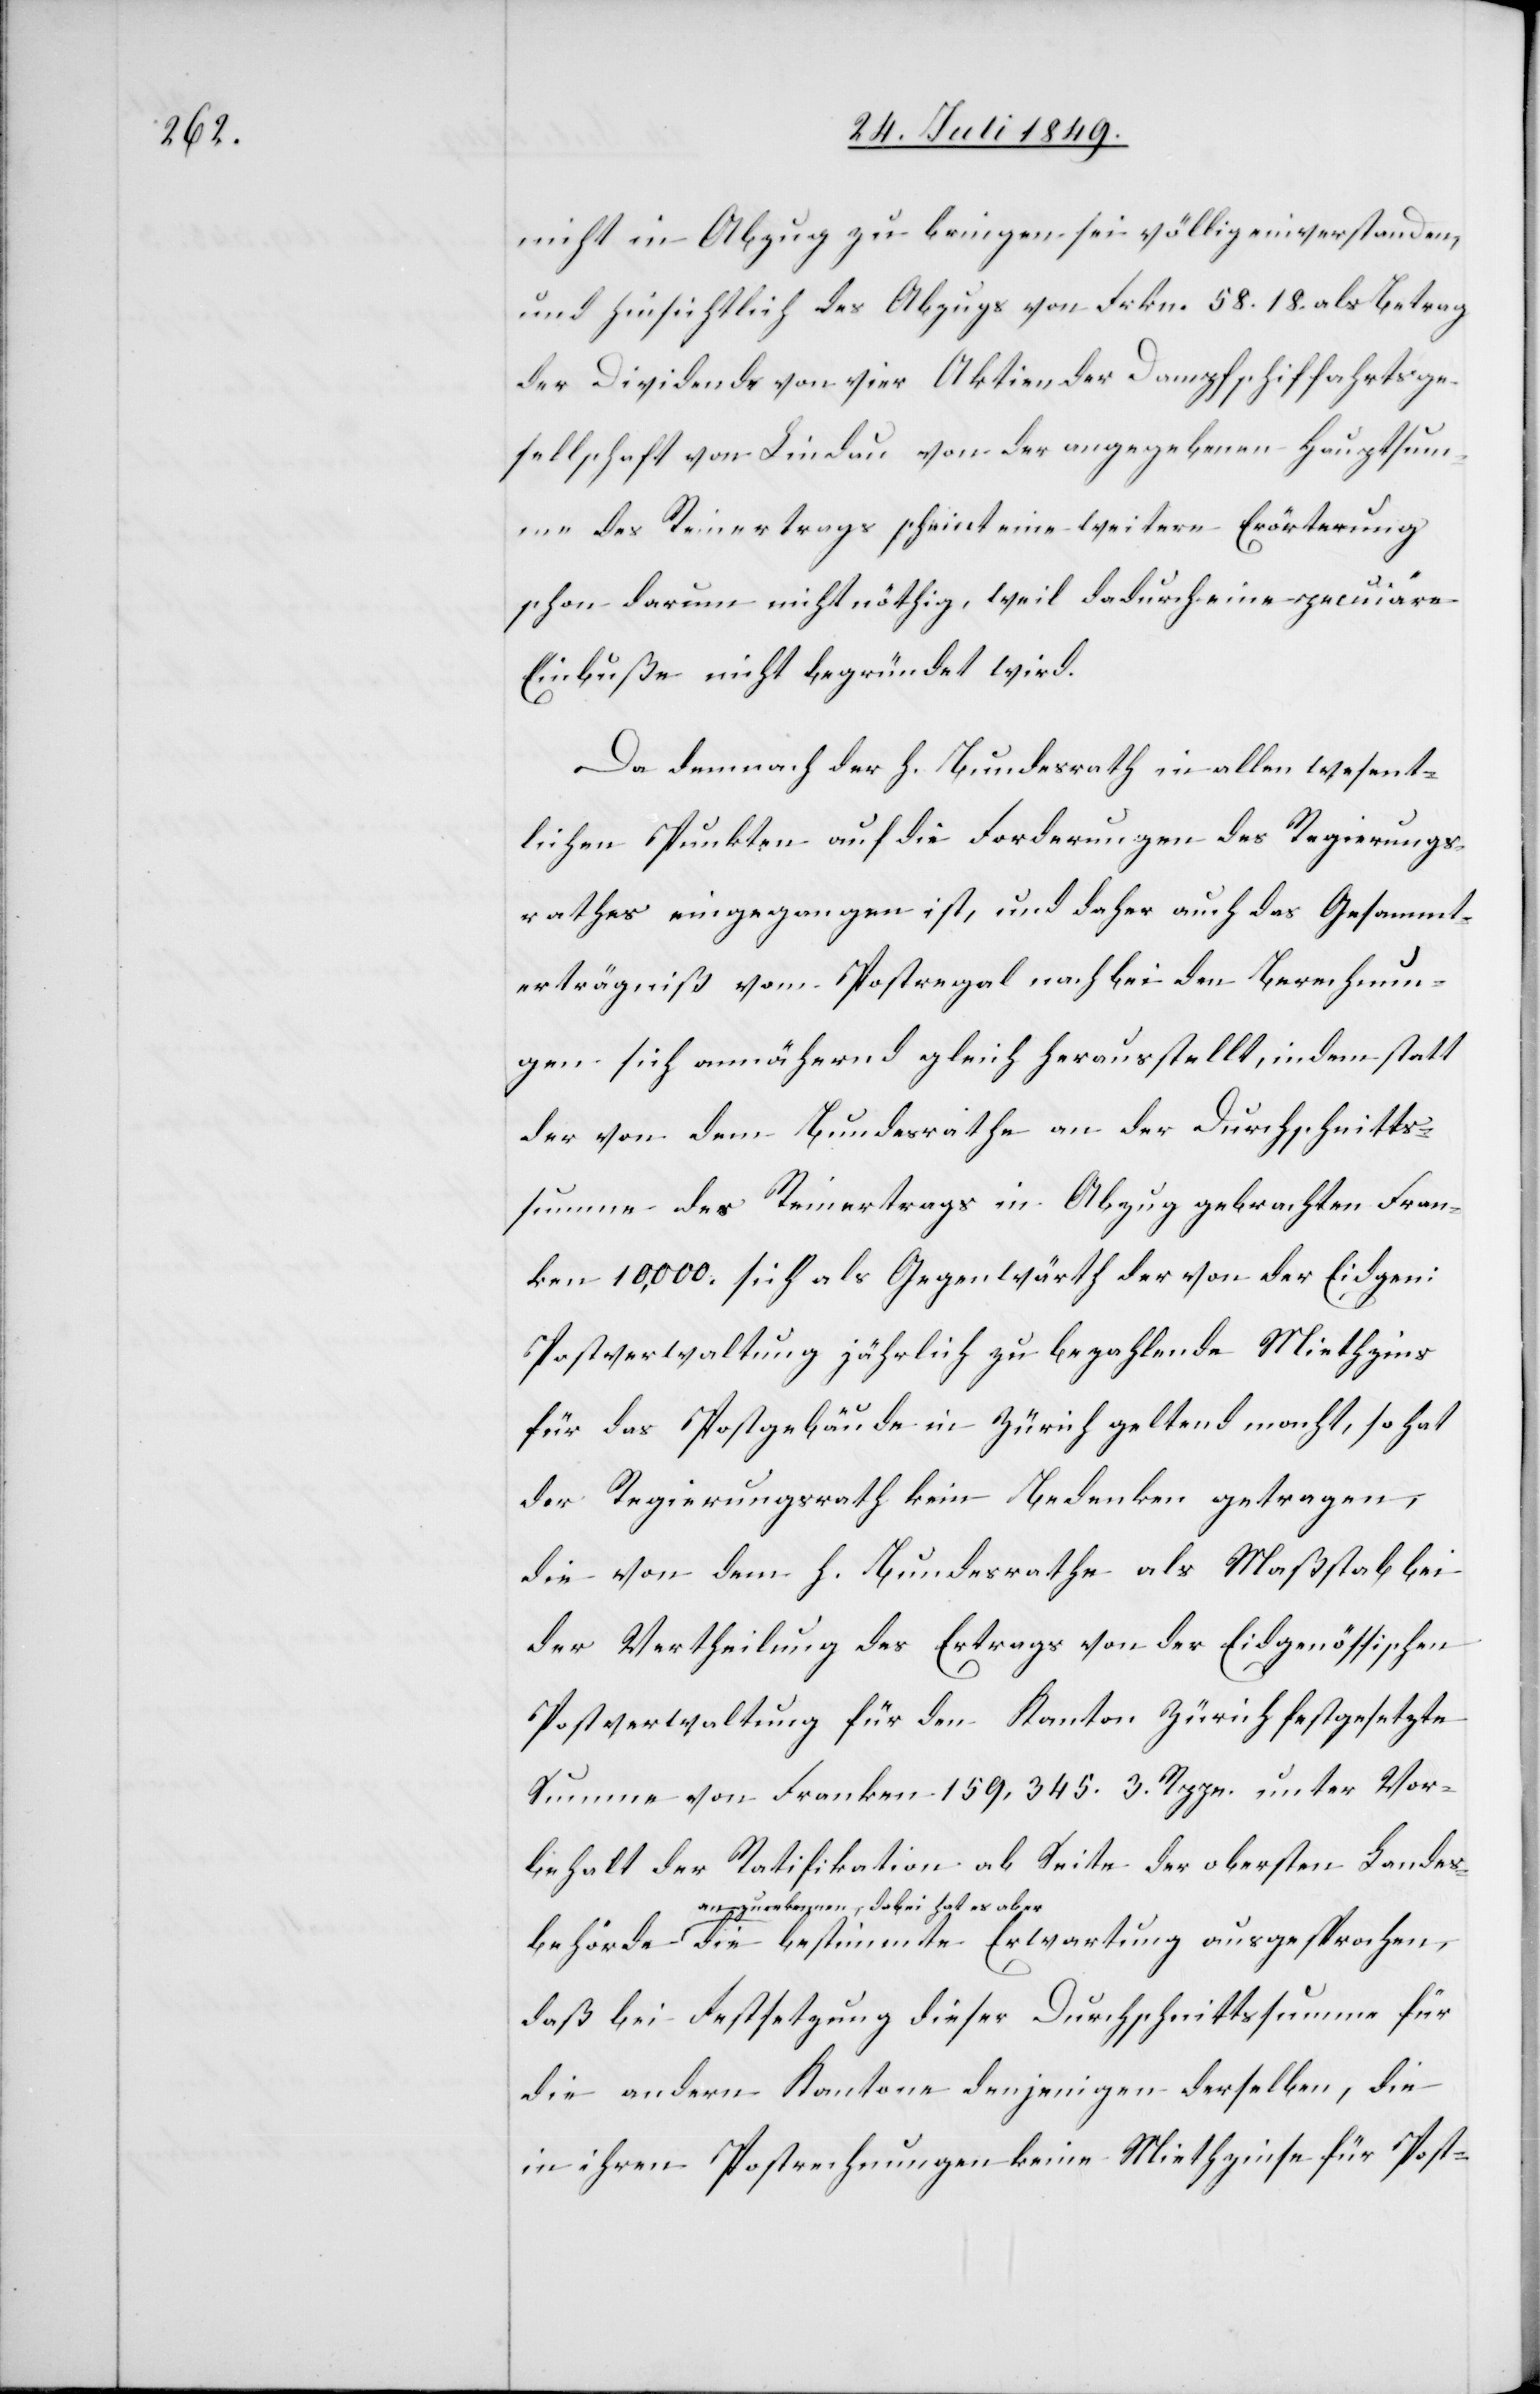
nicht in Abzug zu bringen sei völlig einverstanden,
und hinsichtlich des Abzugs von Frkn. 58. 18. als Betrag
der Dividende von vier Aktien der Dampfschiffahrtsge¬
sellschaft von Lindau von der angegebenen Hauptsum¬
me des Reinertrags scheint eine weitere Erörterung
schon darum nicht nöthig, weil dadurch eine pecu[n]iäre
Einbuße nicht begründet wird.
Da demnach der h. Bundesrath in allen wesent¬
lichen Punkten auf die Forderungen des Regierungs¬
rathes eingegangen ist, und daher auch das Gesammt¬
erträgniß vom Postregal noch bei den Berechnun¬
gen sich annähernd gleich herausstellt, indem statt
der von dem Bundesrathe an der Durchschnitts¬
summe des Reinertrags in Abzug gebrachten Fran¬
ken 10,000. sich als Gegenwärth der von der Eidgen:
Postverwaltung jährlich zu bezahlende Miethzins
für das Postgebäude in Zürich geltend macht, so hat
der Regierungsrath kein Bedenken getragen,
die von dem h. Bundesrathe als Maßstab bei
der Vertheilung des Ertrags von der Eidgenössischen
Postverwaltung für den Kanton Zürich festgesetzte
Summe von Franken 159,345. 3. Rppn. unter Vor¬
behalt der Ratifikation ab Seite der obersten Landesb¬
ehörde a-anzuerkennen, dabei hat er ab¬
er-a die bestimmte Erwartung ausgesprochen,
daß bei Festsetzung dieser Durchschnittssumme für
die andern Kantone denjenigen derselben, die
in ihren Postrechnungen keine Miethzinse für Post-